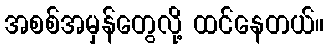
အစစ်အမှန်တွေလို့ ထင်နေတယ်။